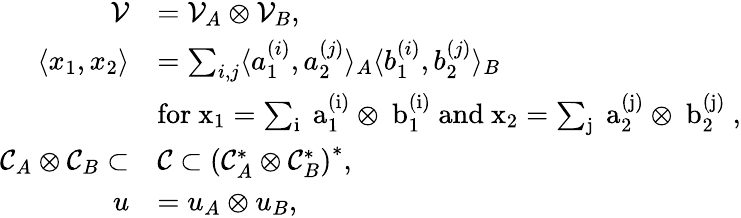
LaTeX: \begin{array}{rl}{\mathcal{V}}&{=\mathcal{V}_{A}\otimes\mathcal{V}_{B},}\\ {\langle x_{1},x_{2}\rangle}&{=\sum_{i,j}\langle a_{1}^{(i)},a_{2}^{(j)}\rangle_{A}\langle b_{1}^{(i)},b_{2}^{(j)}\rangle_{B}}\\ &{\mathrm{for~x_1=\sum_i~a_1^{(i)}\otimes~b_1^{(i)}~and~x_2=\sum_j~a_2^{(j)}\otimes~b_2^{(j)}~},}\\ {\mathcal{C}_{A}\otimes\mathcal{C}_{B}\subset}&{\mathcal{C}\subset\left(\mathcal{C}_{A}^{\ast}\otimes\mathcal{C}_{B}^{\ast}\right)^{\ast},}\\ {u}&{=u_{A}\otimes u_{B},}\end{array}